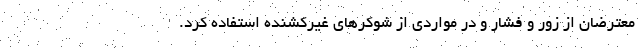
معترضان از زور و فشار و در مواردی از شوکرهای غیرکشنده استفاده کرد.